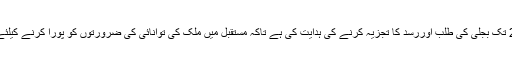
انہوں نے پانی و بجلی کی وزارت کو سال2023 تک بجلی کی طلب اوررسد کا تجزیہ کرنے کی ہدایت کی ہے تاکہ مستقبل میں ملک کی توانائی کی ضرورتوں کو پورا کرنے کیلئے مربوط طویل مدتی منصوبہ بندی کی جاسکے۔